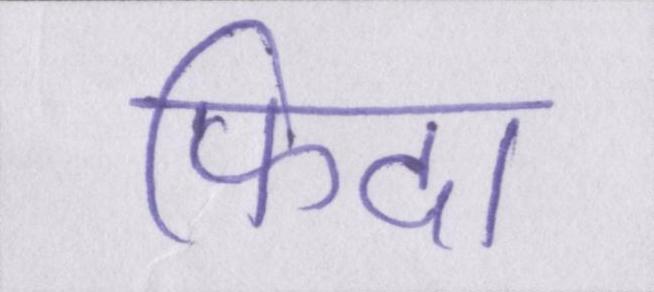
फिदा